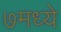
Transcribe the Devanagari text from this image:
७मध्ये